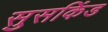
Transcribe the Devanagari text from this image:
सुसकिंड